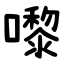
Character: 嚟